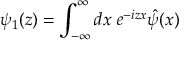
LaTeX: { \psi } _ { 1 } ( z ) = \int _ { - \infty } ^ { \infty } d x \; e ^ { - i z x } \hat { \psi } ( x )